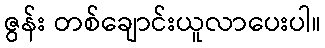
ဇွန်း တစ်ချောင်းယူလာပေးပါ။